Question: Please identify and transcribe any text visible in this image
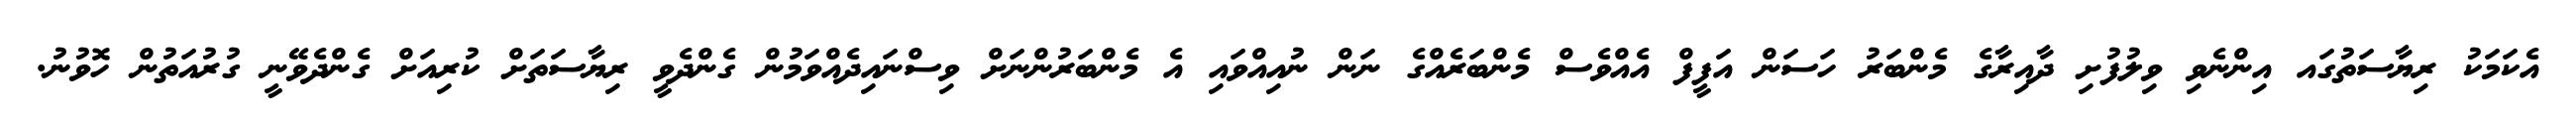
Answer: އެކަމަކު ރިޔާސަތުގައ އިންނެވި ވިލުފުށި ދާއިރާގެ މެންބަރު ހަސަން އަފީފް އެއްވެސް މެންބަރެއްގެ ނަން ނުއިއްވައި އެ މެންބަރުންނަށް ވިސްނައިދެއްވަމުން ގެންދެވީ ރިޔާސަތަށް ކުރިއަށް ގެންދެވޭނީ ގުރުއަތުން ހޮވުނު.